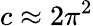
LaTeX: c\approx 2\pi^{2}